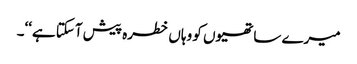
میرے ساتھیوں کو وہاں خطرہ پیش آسکتا ہے‘‘۔